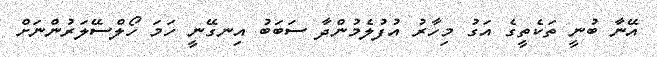
އޭނާ ބުނީ ތަކެތީގެ އަގު މިހާރު އުފުލެމުންދާ ސަބަބު އިނގޭނީ ހަމަ ހޯލްސޭލަރުންނަށް